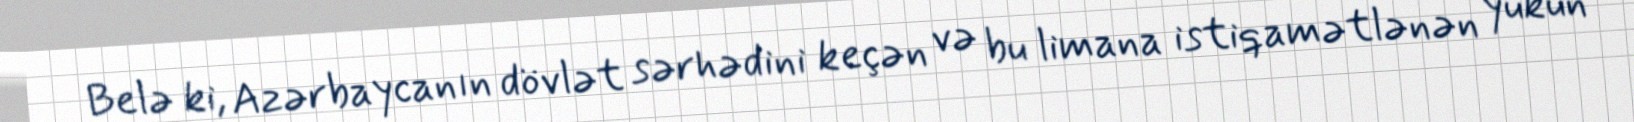
Belə ki, Azərbaycanın dövlət sərhədini keçən və bu limana istiqamətlənən yükün